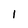
Character: 1